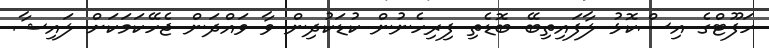
ހަފޫޓްގެ އިސްކޮޅު ލާފައިތިބޭ ބޮޑެތި ފިރިހެނުން ކުޑަކުދިން ވާ ވައްދަން ޖެހޭކަމަކަށް ލައިޝާ